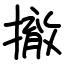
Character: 撤